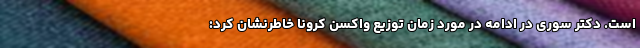
است. دکتر سوری در ادامه در مورد زمان توزیع واکسن کرونا خاطرنشان کرد: